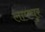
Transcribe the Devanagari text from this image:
लामचुर